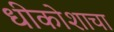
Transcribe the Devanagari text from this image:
धीकोशाचा